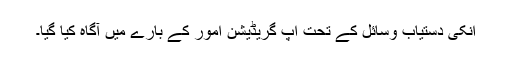
انکی دستیاب وسائل کے تحت اپ گریڈیشن امور کے بارے میں آگاہ کیا گیا۔